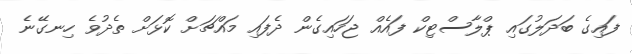
ފައިގެ ބަދަލުގައި ޕްލާސްޓިކް ފައެއް ޖަހައިގެން ދެފައި މައްޗަށް ކޮޅަށް ތެދުވެ ހިނގޭނެ